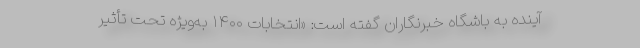
آینده به باشگاه خبرنگاران گفته است: «انتخابات ۱۴۰۰ به‌ویژه تحت تأثیر